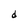
Character: d